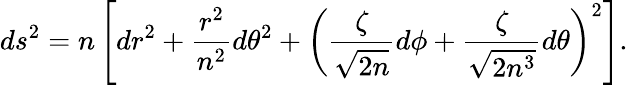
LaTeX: ds^{2}=n\left[dr^{2}+\frac{r^{2}}{n^{2}}d\theta^{2}+\left(\frac\zeta{\sqrt{2n}}d\phi+\frac\zeta{\sqrt{2n^{3}}}d\theta\right)^{2}\right].